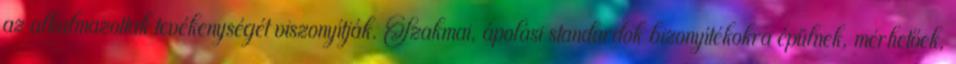
az alkalmazottak tevékenységét viszonyítják. Szakmai, ápolási standardok→bizonyítékokra épülnek, mérhetőek,